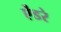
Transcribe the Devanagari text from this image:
ऐंडरे